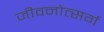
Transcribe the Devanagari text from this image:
जीवनोत्सर्ग